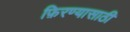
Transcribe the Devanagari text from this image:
फ़िरण्यासाठी